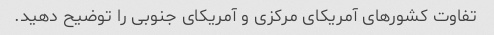
تفاوت کشورهای آمریکای مرکزی و آمریکای جنوبی را توضیح دهید.